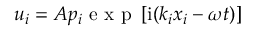
u _ { i } = A p _ { i } \textrm { e x p } \left[ \mathrm { { i } } ( k _ { i } x _ { i } - \omega t ) \right]